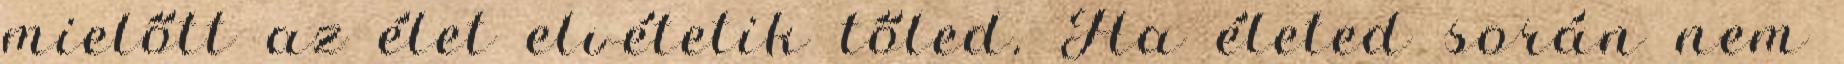
mielőtt az élet elvétetik tőled. Ha életed során nem